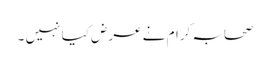
صحابہ کرام نے عرض کیا نہیں ۔